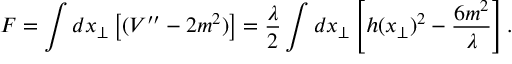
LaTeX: F = \int d x _ { \bot } \left[ ( V ^ { \prime \prime } - 2 m ^ { 2 } ) \right] = \frac { \lambda } { 2 } \int d x _ { \bot } \left[ h ( x _ { \bot } ) ^ { 2 } - \frac { 6 m ^ { 2 } } { \lambda } \right] .